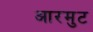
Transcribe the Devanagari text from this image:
आरमुट